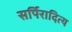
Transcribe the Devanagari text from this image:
सर्पिरादित्य